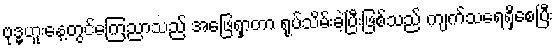
ဗုဒ္ဓဟူးနေ့တွင်ကြေညာသည် အဖြေရှာတာ ရုပ်သိမ်းခဲ့ပြီးဖြစ်သည် ကျက်သရေရှိစေပြီး